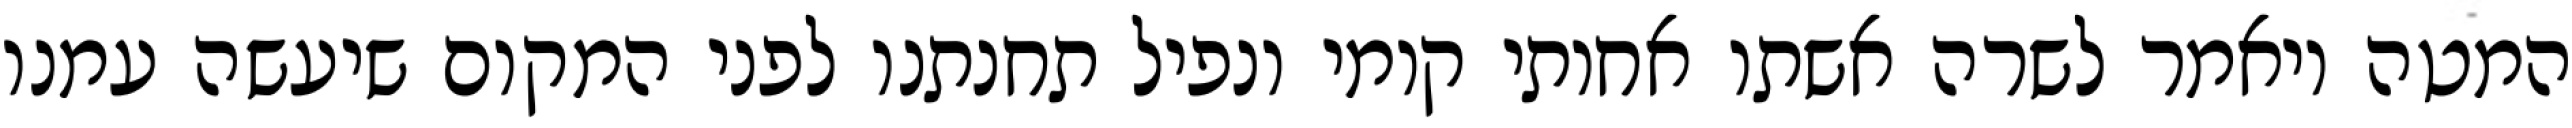
המטה ויאמר לשרה אשתו אחותי קומי ונפיל תחנתנו לפני המקום שיעשה עמנו